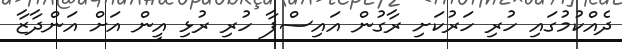
ދެއްކުމުގައި ހުރި ހަރުކަށި ރާގުން އައިސްފާ ހުރި ރުޅި އީން އަށް އަންދާޒާ